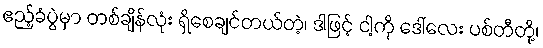
ဧည့်ခံပွဲမှာ တစ်ချိန်လုံး ရှိစေချင်တယ်တဲ့၊ ဒါဖြင့် ငါ့ကို ဒေါ်လေး ပစ်တီတို့၊